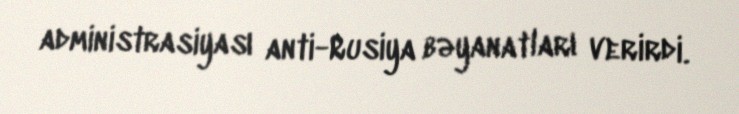
administrasiyası anti-Rusiya bəyanatları verirdi.